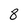
Character: 8